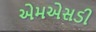
એમએસડી